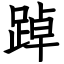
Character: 踔